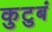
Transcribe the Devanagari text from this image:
कुटुबं